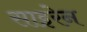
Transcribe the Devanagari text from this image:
साइरेन